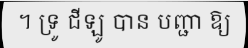
។ ទ្រូ ជីឡូ បាន បញ្ជា ឱ្យ